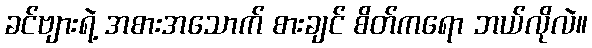
ခင်ဗျားရဲ့ အစားအသောက် စားချင် စိတ်ကရော ဘယ်လိုလဲ။